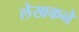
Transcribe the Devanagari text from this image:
लेखकने